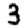
Digit: 3